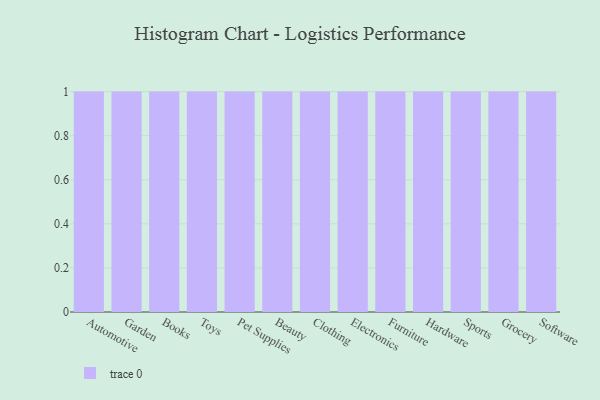
{"axis": {"x": "Category", "y": "Headcount"}, "legend": [""], "data": [{"x": "Automotive", "y": 100, "type": ""}, {"x": "Garden", "y": 100, "type": ""}, {"x": "Books", "y": 92, "type": ""}, {"x": "Toys", "y": 73, "type": ""}, {"x": "Pet Supplies", "y": 48, "type": ""}, {"x": "Beauty", "y": 76, "type": ""}, {"x": "Clothing", "y": 9, "type": ""}, {"x": "Electronics", "y": 58, "type": ""}, {"x": "Furniture", "y": 3, "type": ""}, {"x": "Hardware", "y": 43, "type": ""}, {"x": "Sports", "y": 27, "type": ""}, {"x": "Grocery", "y": 47, "type": ""}, {"x": "Software", "y": 23, "type": ""}]}